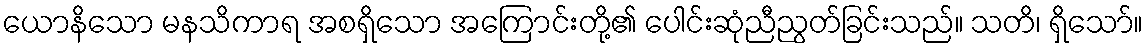
ယောနိသော မနသိကာရ အစရှိသော အကြောင်းတို့၏ ပေါင်းဆုံညီညွတ်ခြင်းသည်။ သတိ၊ ရှိသော်။